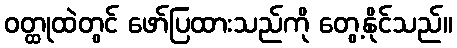
ဝတ္ထုထဲတွင် ဖော်ပြထားသည်ကို တွေ့နိုင်သည်။